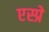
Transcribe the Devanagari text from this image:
एस्प्रे